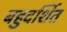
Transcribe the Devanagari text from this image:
बहुदर्शित